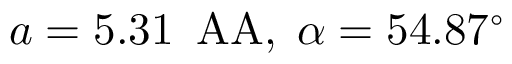
a = 5 . 3 1 \, \mathrm { \ A A } , \thickspace \alpha = 5 4 . 8 7 ^ { \circ }